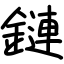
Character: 鏈